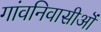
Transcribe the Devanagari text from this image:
गांवनिवासीऒं